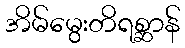
အိမ်မွေးတိရစ္ဆာန်